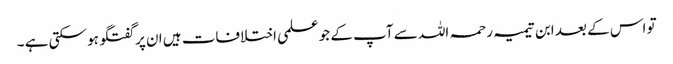
تو اس کے بعد ابن تیمیہ رحمہ اللہ سے آپ کے جو علمی اختلافات ہیں ان پر گفتگو ہو سکتی ہے ۔